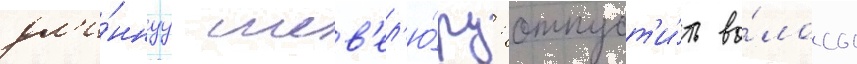
дл'и́ннуу шев'ел'ю́ру: отпуст'и́ть во́лосы